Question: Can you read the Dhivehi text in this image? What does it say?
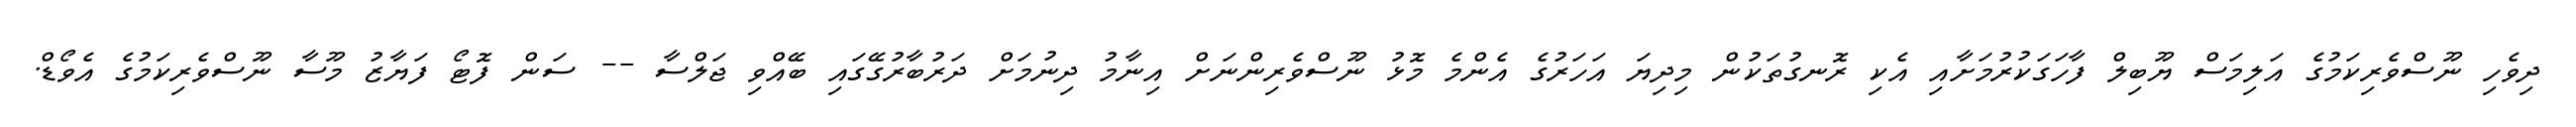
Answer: ދިވެހި ނޫސްވެރިކަމުގެ އަލިމަސް ޔޫބިލް ފާހަގަކުރުމަށާއި އެކި ރޮނގުތަކުން މިދިޔަ އަހަރުގެ އެންމެ މޮޅު ނޫސްވެރިންނަށް އިނާމު ދިނުމަށް ދަރުބާރުގޭގައި ބޭއްވި ޖަލްސާ -- ސަން ފޮޓޯ ފަޔާޒު މޫސާ ނޫސްވެރިކަމުގެ އެވޯޑް.